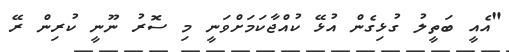
"އެއީ ބަތީލު ގުޅިގެން އުޅޭ ކުއްޖާކަމަށްވަނީ މި ސޮރު ނޫނީ ކުރިން ރޭ